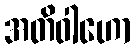
အတိဝါဟော